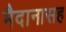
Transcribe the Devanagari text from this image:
मैदानासह